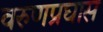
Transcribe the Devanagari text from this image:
वरुणप्रघास